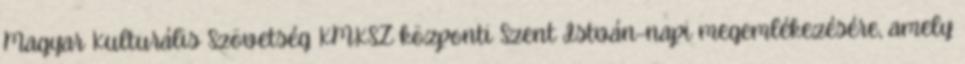
Magyar Kulturális Szövetség KMKSZ központi Szent István-napi megemlékezésére, amely